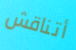
أتناقش